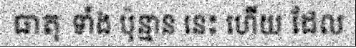
ធាតុ ទាំង ប៉ុន្មាន នេះ ហើយ ដែល